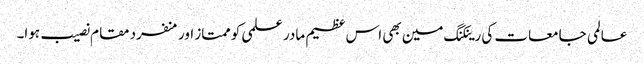
عالمی جامعات کی رینکنگ مین بھی اس عظیم مادر علمی کو ممتاز اور منفرد مقام نصیب ہوا۔